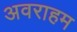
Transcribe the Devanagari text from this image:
अवराहम